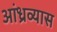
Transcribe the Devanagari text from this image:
आंध्रव्यास